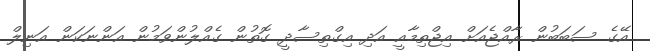
އޭގެ ސަބަބުން ރާއްޖެއަށް އިޖްތިމާއީ އަދި އިގްތިސާދީ ގޮތުން ގެއްލުންވަމުން އަންނަކަން އަނިލް